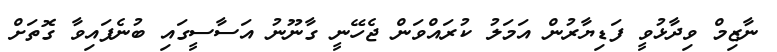
ނާޒިމް ވިދާޅުވީ ފަޑިޔާރުން އަމަލު ކުރައްވަން ޖެހޭނީ ގާނޫނު އަސާސީގައި ބުނެފައިވާ ގޮތަށް